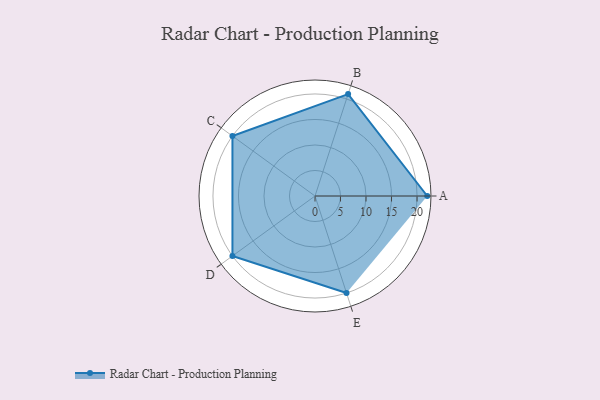
{"axis": {"x": "Skill", "y": "Score"}, "legend": ["Profile"], "data": [{"x": "A", "y": 22.0, "type": "Profile"}, {"x": "B", "y": 21.0, "type": "Profile"}, {"x": "C", "y": 20, "type": "Profile"}, {"x": "D", "y": 20, "type": "Profile"}, {"x": "E", "y": 20, "type": "Profile"}]}